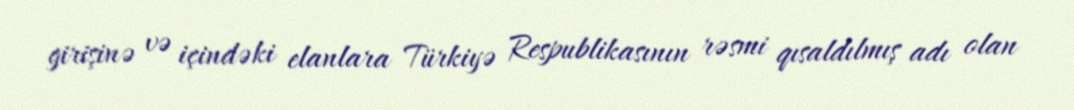
girişinə və içindəki elanlara Türkiyə Respublikasının rəsmi qısaldılmış adı olan